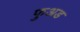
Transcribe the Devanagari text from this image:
फुअड